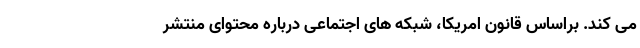
می کند. براساس قانون امریکا، شبکه های اجتماعی درباره محتوای منتشر